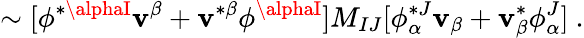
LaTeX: \sim[\phi^{*\alphaI}\mathbf{v}^{\beta}+\mathbf{v}^{*\beta}\phi^{\alphaI}]M_{IJ}[\phi_{\alpha}^{*J}\mathbf{v}_{\beta}+\mathbf{v}_{\beta}^{*}\phi_{\alpha}^{J}]\ .